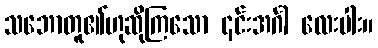
သဘောတူ၏ဟုဆိုကြသော ၎င်းအင်္ဂါ လေးပါး။